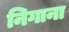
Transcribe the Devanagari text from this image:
निगाना